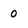
Character: 0